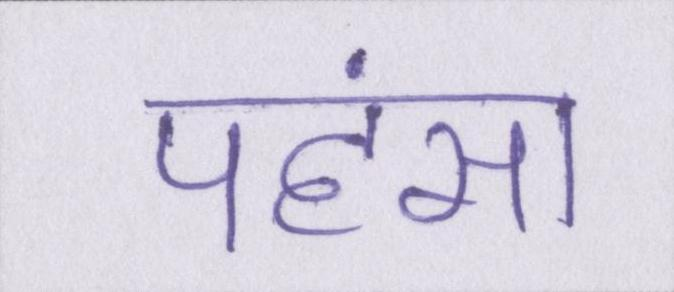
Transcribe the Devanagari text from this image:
पहंसा